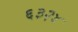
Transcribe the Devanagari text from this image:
६३२४